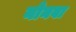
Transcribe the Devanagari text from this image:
नोनवा